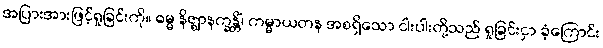
အပြားအားဖြင့်ရှုခြင်းကို။ ဓမ္မ နိဇ္ဈာနက္ခန္တိံ၊ ကမ္မာယတန အစရှိသော ငါးပါးတို့သည် ရှုခြင်းငှာ ခံ့ကြောင်း